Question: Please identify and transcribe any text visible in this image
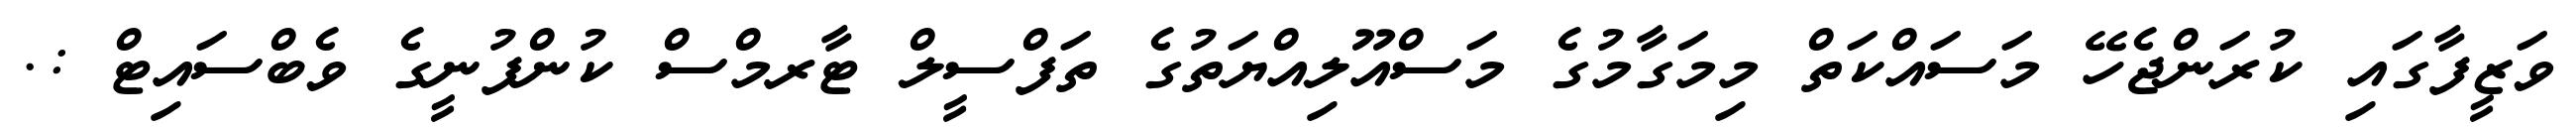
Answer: ވަޒީފާގައި ކުރަންޖެހޭ މަސައްކަތް މިމަގާމުގެ މަސްއޫލިއްޔަތުގެ ތަފްސީލް ޓާރމްސް ކުންފުނީގެ ވެބްސައިޓް :.